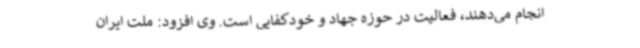
انجام می‌دهند، فعالیت در حوزه جهاد و خودکفایی است. وی افزود: ملت ایران